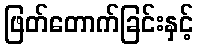
ဖြတ်တောက်ခြင်းနှင့်